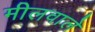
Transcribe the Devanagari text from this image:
मीलवाले